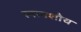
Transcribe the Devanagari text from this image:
स्नानशौच